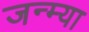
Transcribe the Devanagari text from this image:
जन्म्या